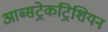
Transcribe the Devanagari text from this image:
आब्सट्रेकट्रिशियन